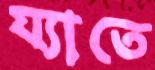
য্যাতে